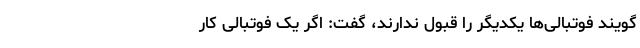
‌گویند فوتبالی‌ها یکدیگر را قبول ندارند، گفت: اگر یک فوتبالی کار